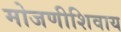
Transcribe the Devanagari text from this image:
मोजणीशिवाय